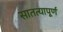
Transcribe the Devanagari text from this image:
सातत्यापूर्ण